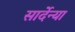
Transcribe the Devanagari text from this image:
सार्देन्या